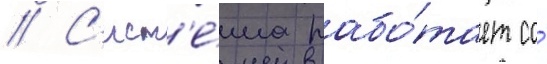
// С'ист'е́ма рабо́тает со́